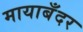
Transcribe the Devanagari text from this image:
मायाबँदर